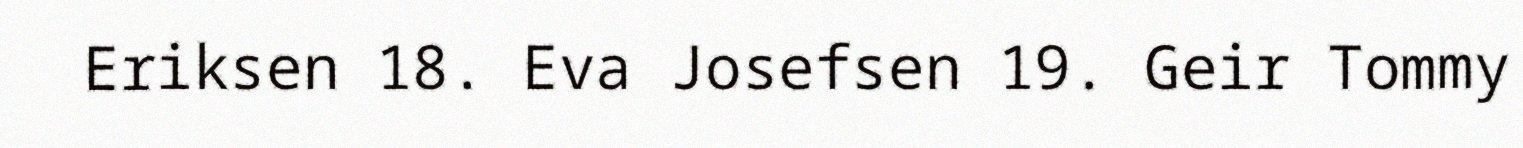
Eriksen 18. Eva Josefsen 19. Geir Tommy